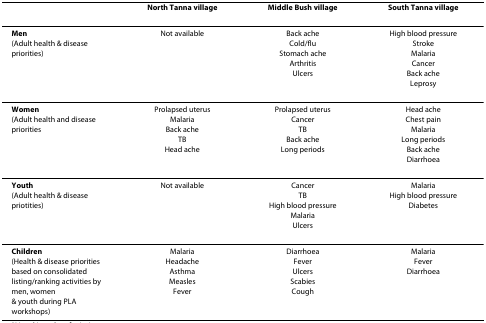
|  | North Tanna village | Middle Bush village | South Tanna village |
 | --- | --- | --- | --- |
 | Men(Adult health & diseasepriorities) | Not available | Back ache Cold/flu Stomach ache Arthritis Ulcers | High blood pressureStrokeMalariaCancerBack acheLeprosy |
 | Women(Adult health and diseasepriorities | Prolapsed uterusMalariaBack acheTBHead ache | Prolapsed uterusCancerTBBack acheLong periods | Head acheChest painMalariaLong periodsBack acheDiarrhoea |
 | Youth(Adult health & diseasepriotities) | Not available | CancerTBHigh blood pressureMalariaUlcers | MalariaHigh blood pressureDiabetes |
 | Children(Health & disease prioritiesbased on consolidatedlisting/ranking activities by men, women& youth during PLA workshops) | MalariaHeadacheAsthmaMeaslesFever | DiarrhoeaFeverUlcersScabiesCough | MalariaFeverDiarrhoea |